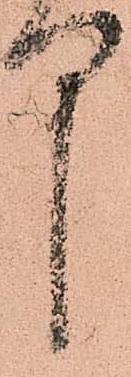
中